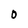
Character: O